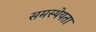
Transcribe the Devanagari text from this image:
समस्थेयता